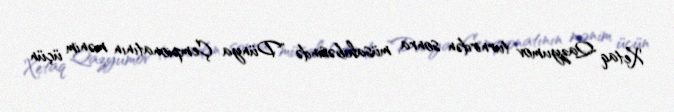
Xetaq Qazyumov turnirdən sonra müsahibəsində "Dünya Çempionatının mənim üçün